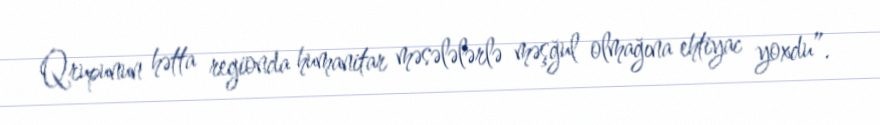
Qrupunun hətta regionda humanitar məsələlərlə məşğul olmağına ehtiyac yoxdu”.